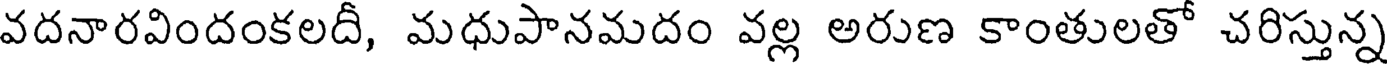
వదనారవిందంకలదీ, మధుపానమదం వల్ల అరుణ కాంతులతో చరిస్తున్న